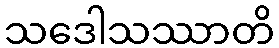
သဒေါသဿာတိ